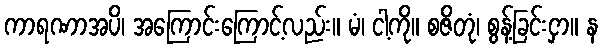
ကာရဏာအပိ၊ အကြောင်းကြောင့်လည်း။ မံ၊ ငါ့ကို။ စဇိတုံ၊ စွန့်ခြင်းငှာ။ န